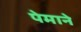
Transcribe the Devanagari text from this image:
पेमाने